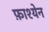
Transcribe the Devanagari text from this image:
फ़ाश्येन